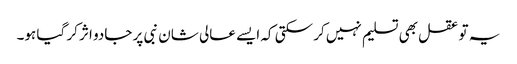
یہ تو عقل بھی تسلیم نہیں کر سکتی کہ ایسے عالی شان نبی پر جادو اثر کر گیا ہو۔